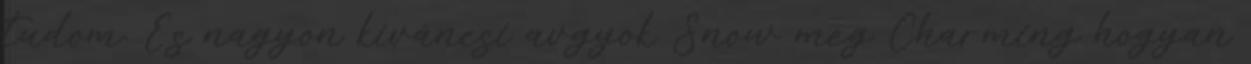
tudom. És nagyon kíváncsi avgyok Snow meg Charming hogyan